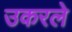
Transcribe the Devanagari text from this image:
उकरले